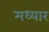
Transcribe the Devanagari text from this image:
मध्यार